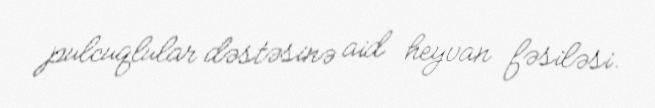
pulcuqlular dəstəsinə aid heyvan fəsiləsi.